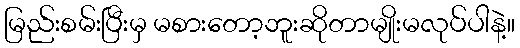
မြည်းစမ်းပြီးမှ မစားတော့ဘူးဆိုတာမျိုးမလုပ်ပါနဲ့။